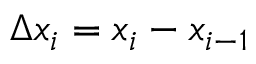
\Delta x _ { i } = x _ { i } - x _ { i - 1 }